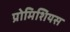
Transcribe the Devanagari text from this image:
प्रोमिशियस